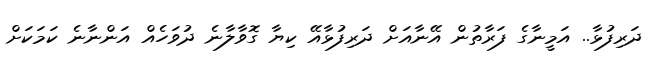
ދަރިފުޅާ.. އަމީނާގެ ފަރާތުން އޭނާއަށް ދަރިފުޅާއޭ ކިޔާ ގޮވާލާނެ ދުވަހެއް އަންނާނެ ކަމަަކަށް